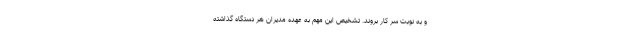
و به نوبت سر کار بروند. تشخیص این مهم به عهده مدیران هر دستگاه گذاشته